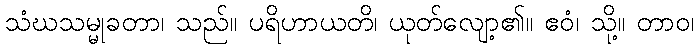
သံဃသမ္မုခတာ၊ သည်။ ပရိဟာယတိ၊ ယုတ်လျော့၏။ ဧဝံ၊ သို့။ တာဝ၊